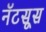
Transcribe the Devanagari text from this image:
नॅटसूस